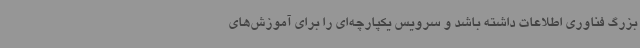
بزرگ فناوری اطلاعات داشته باشد و سرویس یکپارچه‌ای را برای آموزش‌های